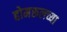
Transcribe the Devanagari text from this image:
होमरूलच्या